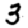
Digit: 3